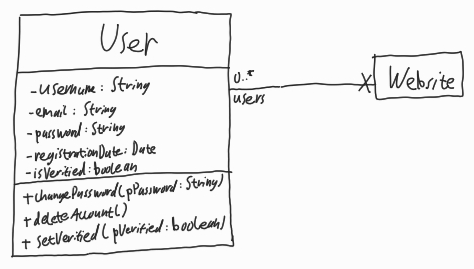
Diagram type: class_diagram
```plantuml
@startuml

class User {
  - username: String
  - email: String
  - password: String
  - registrationDate: Date
  - isVerified: boolean
  + changePassword(pPassword: String)
  + deleteAccount()
  + setVerified(pVerified: boolean)
}

class Website

User "users 0..*" --x Website

@enduml
```